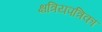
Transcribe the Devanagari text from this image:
क्षत्रियपत्रिका